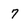
Character: 7